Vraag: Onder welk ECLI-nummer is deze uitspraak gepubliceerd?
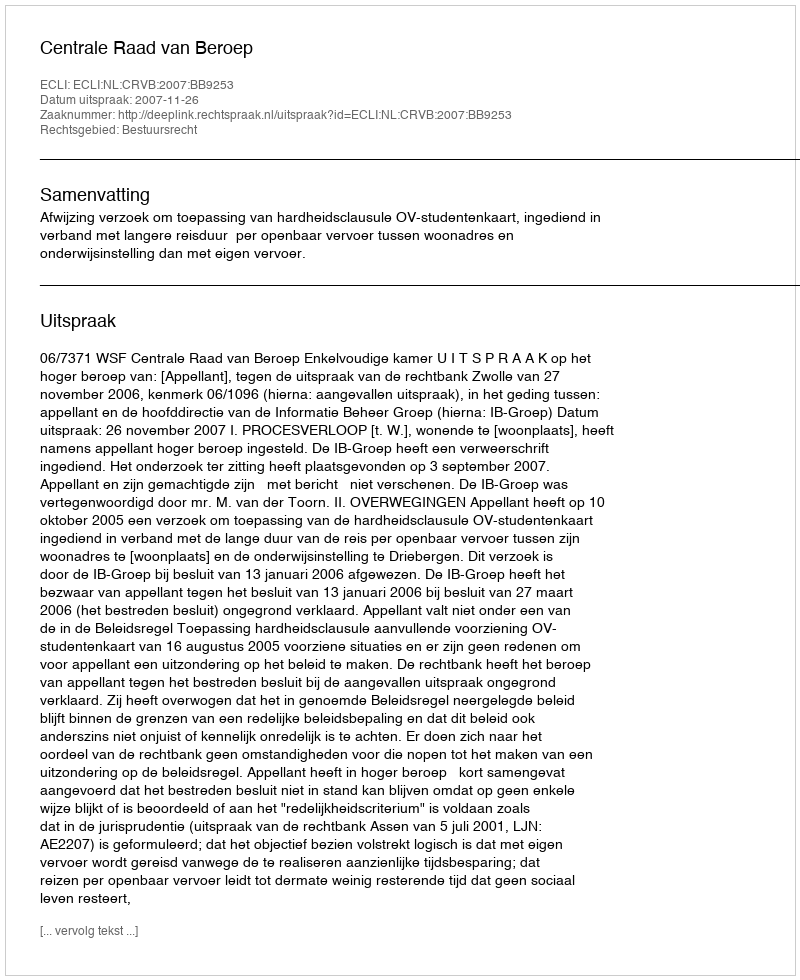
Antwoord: ECLI:NL:CRVB:2007:BB9253